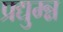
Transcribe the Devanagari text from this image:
प्रद्युम्न्न